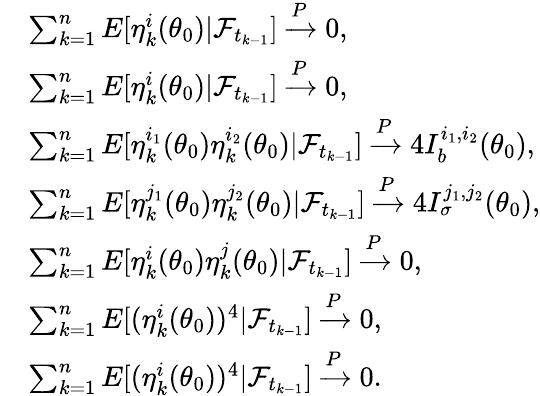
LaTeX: \begin{array}{rl}&{\sum_{k=1}^{n}E[\eta_{k}^{i}(\theta_{0})|\mathcal{F}_{t_{k-1}}]\xrightarrow{P}0,}\\ &{\sum_{k=1}^{n}E[\eta_{k}^{i}(\theta_{0})|\mathcal{F}_{t_{k-1}}]\xrightarrow{P}0,}\\ &{\sum_{k=1}^{n}E[\eta_{k}^{i_{1}}(\theta_{0})\eta_{k}^{i_{2}}(\theta_{0})|\mathcal{F}_{t_{k-1}}]\xrightarrow{P}4I_{b}^{i_{1},i_{2}}(\theta_{0}),}\\ &{\sum_{k=1}^{n}E[\eta_{k}^{j_{1}}(\theta_{0})\eta_{k}^{j_{2}}(\theta_{0})|\mathcal{F}_{t_{k-1}}]\xrightarrow{P}4I_{\sigma}^{j_{1},j_{2}}(\theta_{0}),}\\ &{\sum_{k=1}^{n}E[\eta_{k}^{i}(\theta_{0})\eta_{k}^{j}(\theta_{0})|\mathcal{F}_{t_{k-1}}]\xrightarrow{P}0,}\\ &{\sum_{k=1}^{n}E[(\eta_{k}^{i}(\theta_{0}))^{4}|\mathcal{F}_{t_{k-1}}]\xrightarrow{P}0,}\\ &{\sum_{k=1}^{n}E[(\eta_{k}^{i}(\theta_{0}))^{4}|\mathcal{F}_{t_{k-1}}]\xrightarrow{P}0.}\end{array}